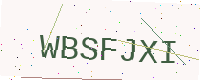
Text: WBSFJXI